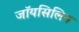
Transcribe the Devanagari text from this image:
जॉयसिलिन